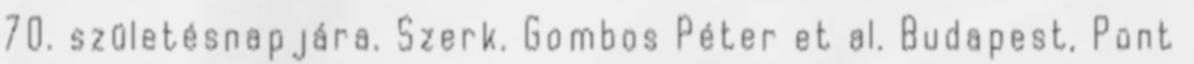
70. születésnapjára. Szerk. Gombos Péter et al. Budapest, Pont